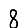
Digit: 8